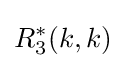
R_{3}^{*}(k,k)